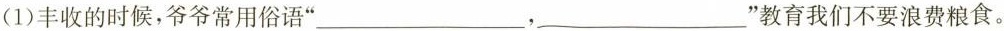
(1)丰收的时候，爷爷常用俗语”___，___”教育我们不要浪费粮食。